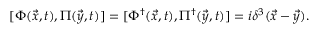
{ [ } \Phi ( \vec { x } , t ) , \Pi ( \vec { y } , t ) ] = [ \Phi ^ { \dagger } ( \vec { x } , t ) , \Pi ^ { \dagger } ( \vec { y } , t ) ] = i \delta ^ { 3 } ( \vec { x } - \vec { y } ) .